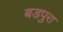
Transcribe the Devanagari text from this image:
बडपुरा